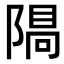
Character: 𨻠